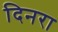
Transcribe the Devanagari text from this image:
दिनरा